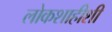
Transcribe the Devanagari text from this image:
लोकशाहीशी